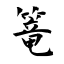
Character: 篭